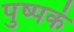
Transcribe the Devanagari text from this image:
पुष्‍पकं